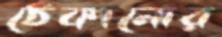
ঠেকানোর